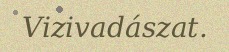
Vizivadászat.